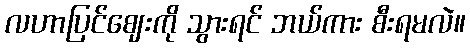
လဟာပြင်ဈေးကို သွားရင် ဘယ်ကား စီးရမလဲ။